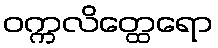
ဝက္ကလိတ္ထေရော